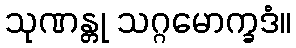
သုဏန္တု သဂ္ဂမောက္ခဒံ။